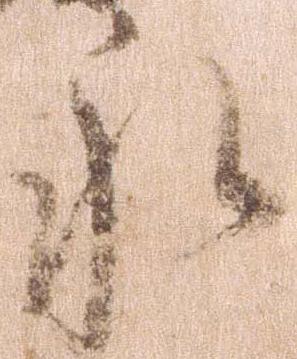
永